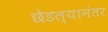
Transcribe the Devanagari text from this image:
छेडल्यानंतर